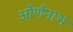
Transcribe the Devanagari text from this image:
और्णनाभ